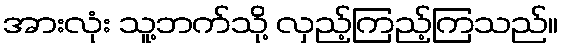
အားလုံး သူ့ဘက်သို့ လှည့်ကြည့်ကြသည်။